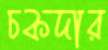
চকদার